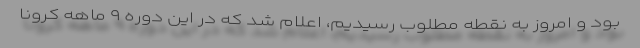
بود و امروز به نقطه مطلوب رسیدیم، اعلام شد که در این دوره ۹ ماهه کرونا